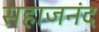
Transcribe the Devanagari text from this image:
सहाजनंद